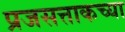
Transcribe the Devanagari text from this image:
प्रजसत्ताकच्या